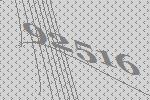
92516